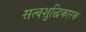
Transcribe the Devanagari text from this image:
सत्वशुद्धिकारक